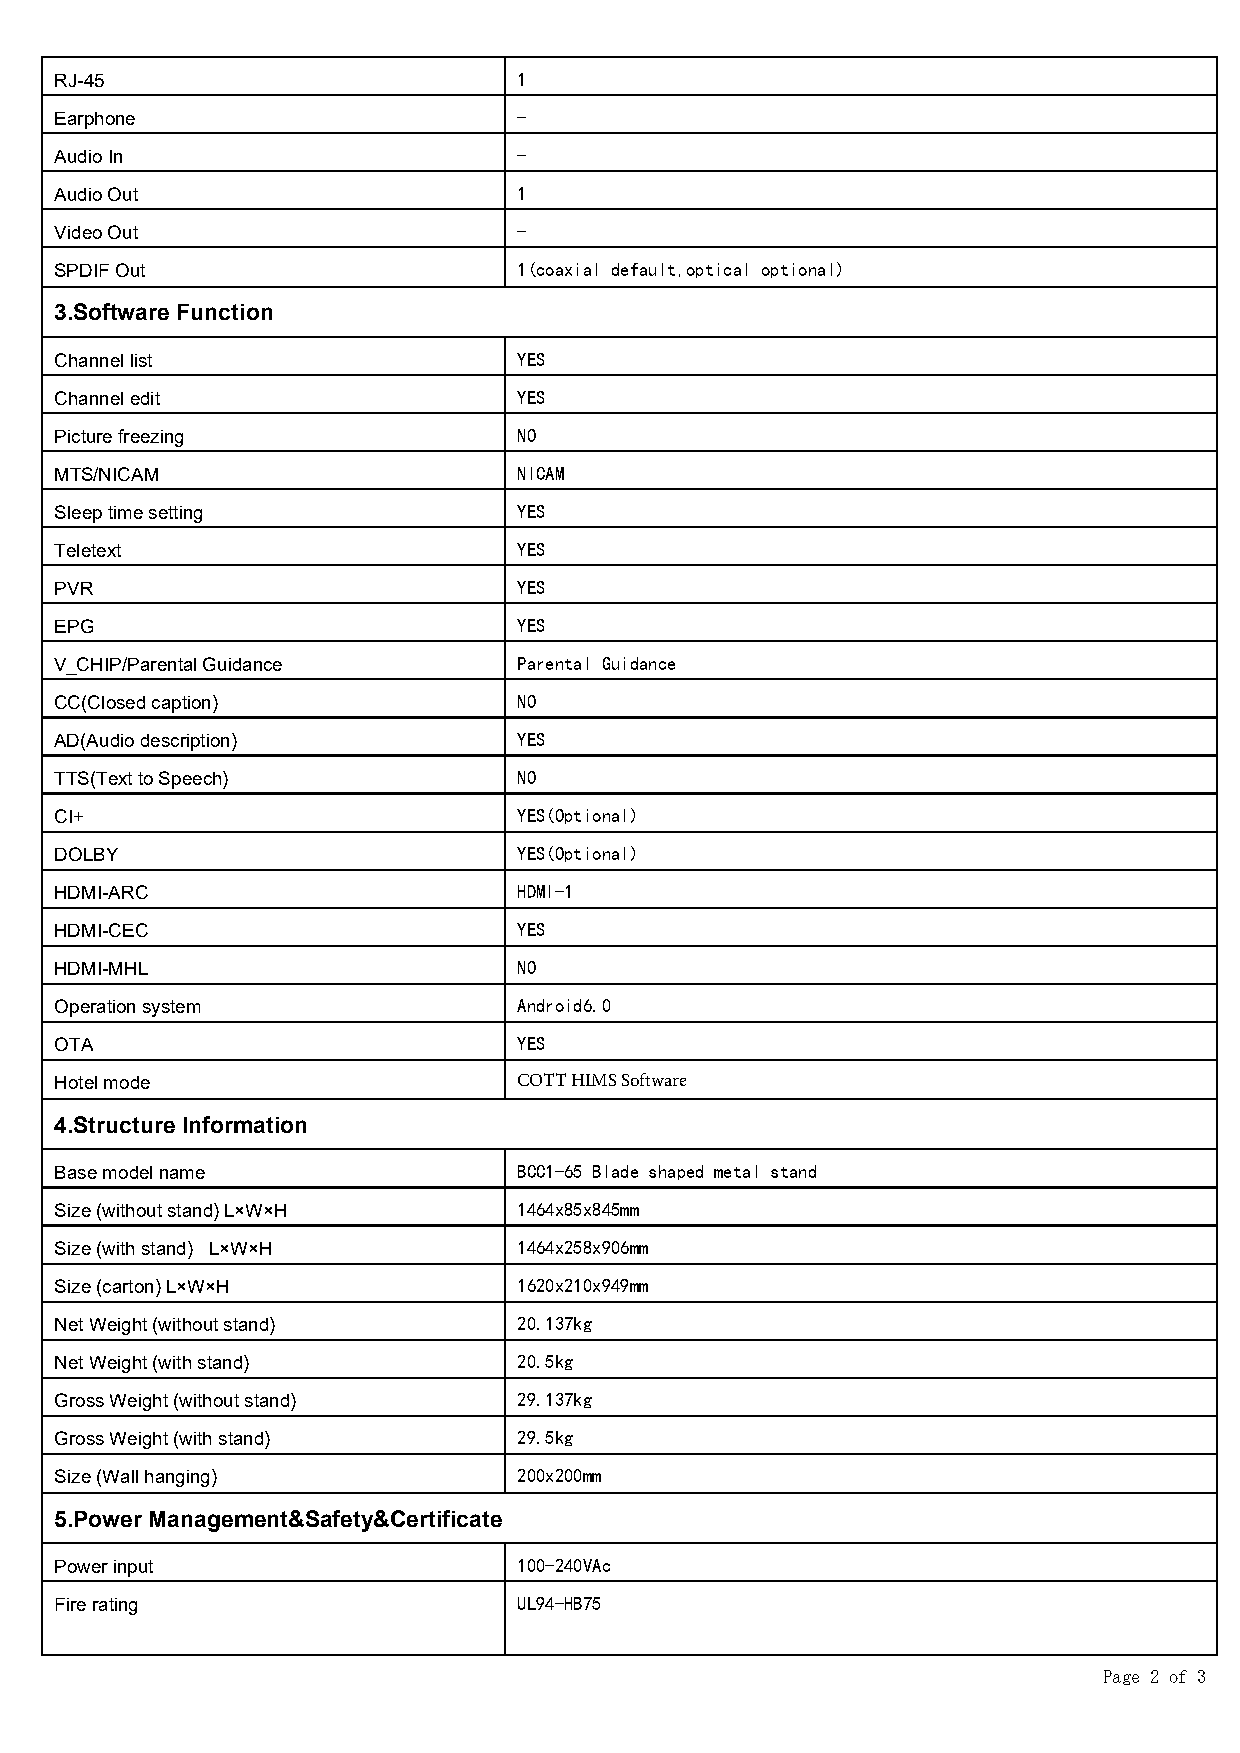
RJ-45                         1
 Earphone                      -
 Audio In                      -
 Audio Out                     1
 Video Out                     -
 SPDIF Out                     1(coaxial default,optical optional)
 3.Software Function
 Channel list                  YES
 Channel edit                  YES
 Picture freezing              NO
 MTS/NICAM                     NICAM
 Sleep time setting            YES
 Teletext                      YES
 PVR                           YES
 EPG                           YES
 V_CHIP/Parental Guidance      Parental Guidance
 CC(Closed caption)            NO
 AD(Audio description)         YES
 TTS(Text to Speech)           NO
 CI+                           YES(Optional)
 DOLBY                         YES(Optional)
 HDMI-ARC                      HDMI-1
 HDMI-CEC                      YES
 HDMI-MHL                      NO
 Operation system              Android6.0
 OTA                           YES
 Hotel mode                    COTT HIMS Software
 4.Structure Information
 Base model name               BCC1-65 Blade shaped metal stand
 Size (without stand) L×W×H    1464x85x845mm
 Size (with stand) L×W×H       1464x258x906mm
 Size (carton) L×W×H           1620x210x949mm
 Net Weight (without stand)    20.137kg
 Net Weight (with stand)       20.5kg
 Gross Weight (without stand)  29.137kg
 Gross Weight (with stand)     29.5kg
 Size (Wall hanging)           200x200mm
 5.Power Management&Safety&Certificate
 Power input                   100-240VAc
 Fire rating                   UL94-HB75
 Page 2 of 3